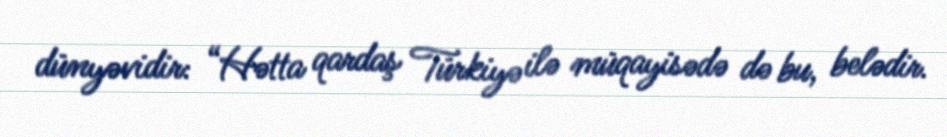
dünyəvidir: “Hətta qardaş Türkiyə ilə müqayisədə də bu, belədir.